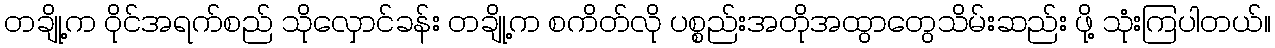
တချို့က ဝိုင်အရက်စည် သိုလှောင်ခန်း တချို့က စကိတ်လို ပစ္စည်းအတိုအထွာတွေသိမ်းဆည်း ဖို့ သုံးကြပါတယ်။